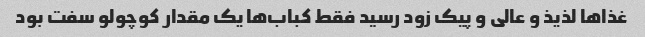
غذا‌ها لذیذ و عالی و پیک زود رسید فقط کباب‌ها یک مقدار کوچولو سفت بود